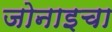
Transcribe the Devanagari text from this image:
जोनाइचा